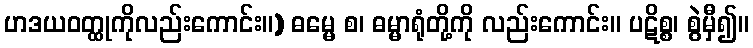
ဟဒယဝတ္ထုကိုလည်းကောင်း။) ဓမ္မေ စ၊ ဓမ္မာရုံတို့ကို လည်းကောင်း။ ပဋိစ္စ၊ စွဲမှီ၍။